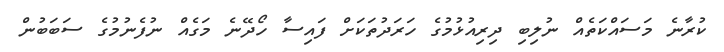
ކުރާނެ މަސައްކަތެއް ނުލިބި ދިރިއުޅުމުގެ ހަރަދުތަކަށް ފައިސާ ހޯދޭނެ މަގެއް ނުފެނުމުގެ ސަބަބުން